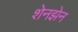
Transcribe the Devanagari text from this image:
शेनझेन